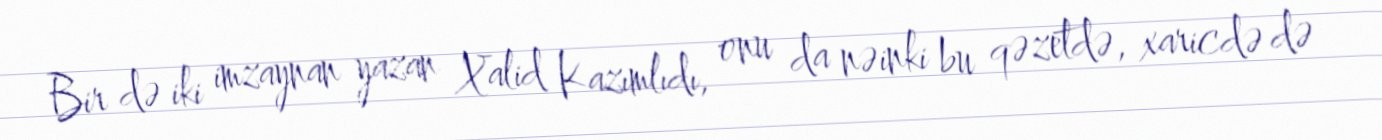
Bir də iki imzaynan yazan Xalid Kazımlıdı, onu da nəinki bu qəzetdə, xaricdə də